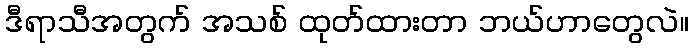
ဒီရာသီအတွက် အသစ် ထုတ်ထားတာ ဘယ်ဟာတွေလဲ။